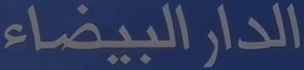
الدار البيضاء